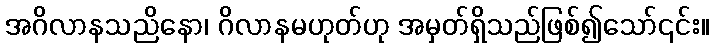
အဂိလာနသညိနော၊ ဂိလာနမဟုတ်ဟု အမှတ်ရှိသည်ဖြစ်၍သော်၎င်း။